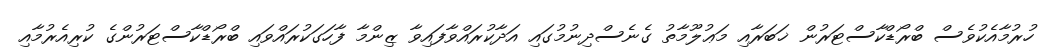
ހުރުމާއެކުވެސް ބްރޯޑްކާސްޓަރުން ޚަބަރާއި މަޢުލޫމާތު ގެނެސްދިނުމުގައި އަދާކުރައްވާފައިވާ ޒިންމާ ފާހަގަކުރައްވައި ބްރޯޑްކާސްޓަރުންގެ ކުރިއެރުމާއި